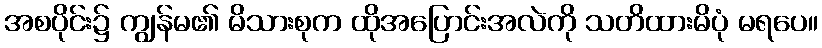
အစပိုင်း၌ ကျွန်မ၏ မိသားစုက ထိုအပြောင်းအလဲကို သတိထားမိပုံ မရပေ။